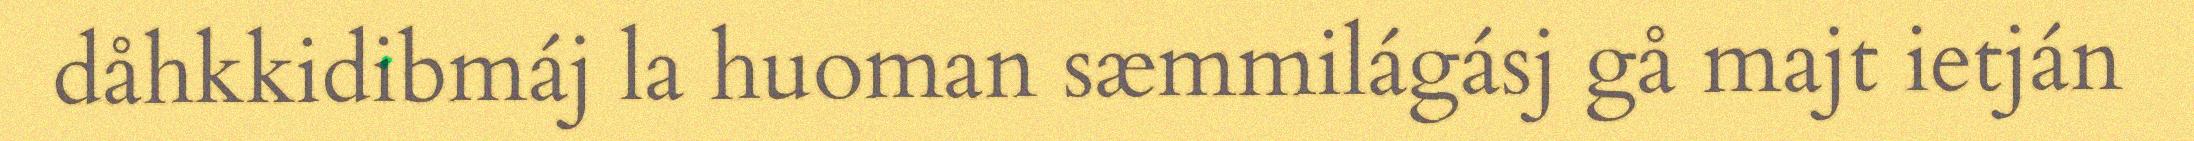
dåhkkidibmáj la huoman sæmmilágásj gå majt ietján